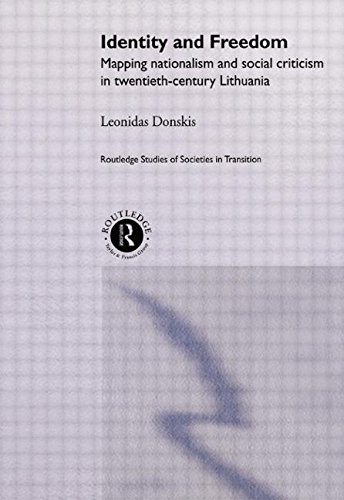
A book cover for Identity and Freedom: Mapping Nationalism and Social Criticism in Twentieth Century Lithuania; Leondas Donskis; Travel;